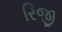
રિજી